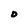
Character: D